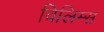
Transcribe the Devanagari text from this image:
विलिम्स